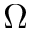
\Omega